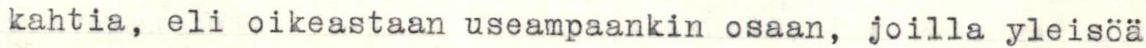
kahtia, eli oikeastaan useampaankin osaan, joilla yleisöä